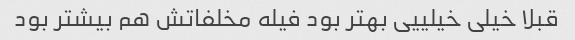
قبلا خیلی خیلییی بهتر بود فیله مخلفاتش هم بیشتر بود